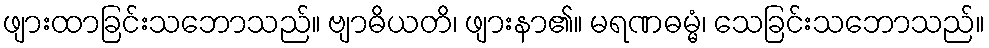
ဖျားထာခြင်းသဘောသည်။ ဗျာဓိယတိ၊ ဖျားနာ၏။ မရဏဓမ္မံ၊ သေခြင်းသဘောသည်။